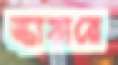
স্কায়ারে